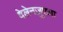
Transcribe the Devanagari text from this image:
वेलेनज़ुएला